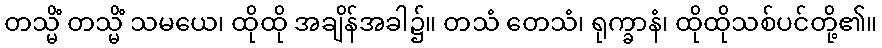
တသ္မိံ တသ္မိံ သမယေ၊ ထိုထို အချိန်အခါ၌။ တသံ တေသံ၊ ရုက္ခာနံ၊ ထိုထိုသစ်ပင်တို့၏။